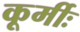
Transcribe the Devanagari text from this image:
कूर्मीः